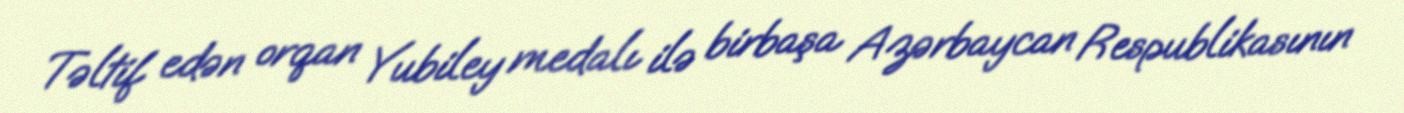
Təltif edən orqan Yubiley medalı ilə birbaşa Azərbaycan Respublikasının